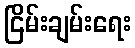
ငြိမ်းချမ်းရေး